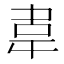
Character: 𮧰